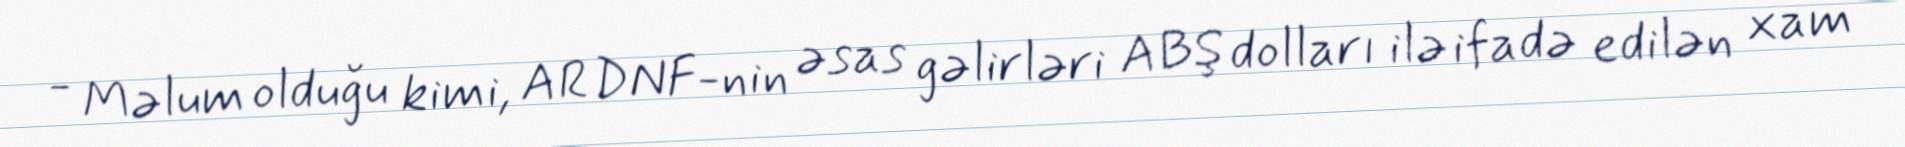
- Məlum olduğu kimi, ARDNF-nin əsas gəlirləri ABŞ dolları ilə ifadə edilən xam